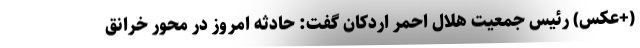
(+عکس) رئیس جمعیت هلال احمر اردکان گفت: حادثه امروز در محور خرانق